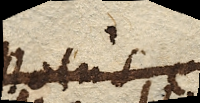
Motus ex